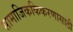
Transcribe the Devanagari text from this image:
सामाजिककिकरणासाठी